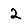
Digit: 2